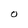
Character: O